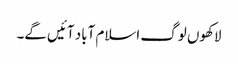
لاکھوں لوگ اسلام آباد آئیں گے۔